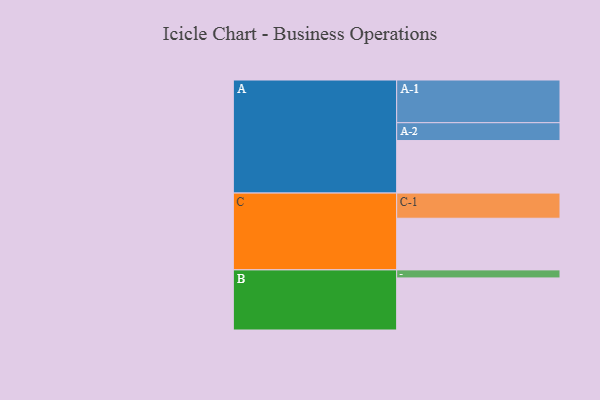
{"axis": {"x": "Segment", "y": "Value"}, "legend": ["", "A", "B", "C"], "data": [{"x": "A", "y": 359, "type": ""}, {"x": "B", "y": 356, "type": ""}, {"x": "C", "y": 353, "type": ""}, {"x": "A-1", "y": 292, "type": "A"}, {"x": "A-2", "y": 122, "type": "A"}, {"x": "B-1", "y": 55, "type": "B"}, {"x": "C-1", "y": 172, "type": "C"}]}